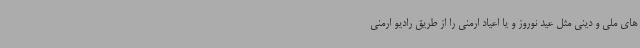
های ملی و دینی مثل عید نوروز و یا اعیاد ارمنی را از طریق رادیو ارمنی